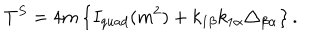
T ^ { S } = 4 m \left\{ I _ { q u a d } ( m ^ { 2 } ) + k _ { 1 \beta } k _ { 1 \alpha } \triangle _ { \beta \alpha } \right\} .